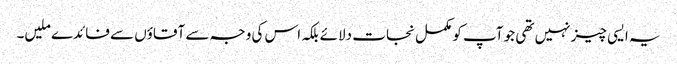
یہ ایسی چیز نہیں تھی جو آپ کو مکمل نجات دلائے بلکہ اس کی وجہ سے آقاؤں سے فائدے ملیں۔